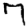
Digit: 7